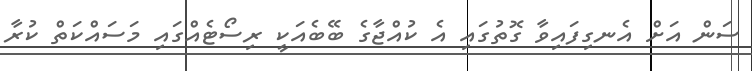
ސަން އަށް އެނގިފައިވާ ގޮތުގައި އެ ކުއްޖާގެ ބޭބެއަކީ ރިސޯޓެއްގައި މަސައްކަތް ކުރާ